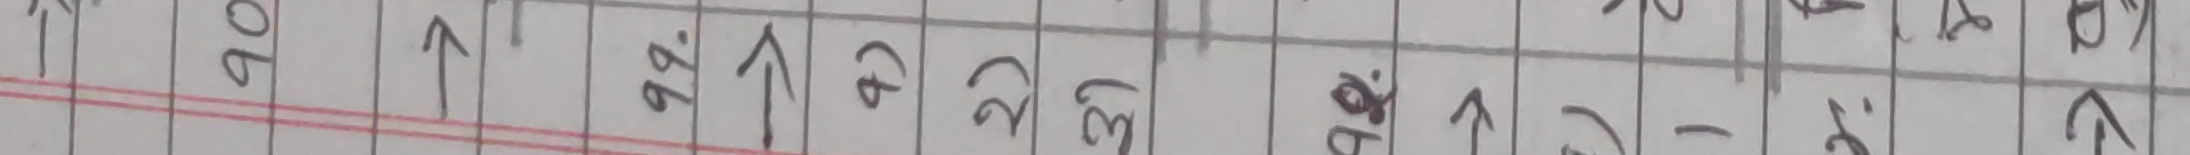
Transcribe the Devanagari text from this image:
१० ↑ १२ २३ २५ १६ १७ १८ १९ २०